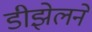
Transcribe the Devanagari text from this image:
डीझेलने